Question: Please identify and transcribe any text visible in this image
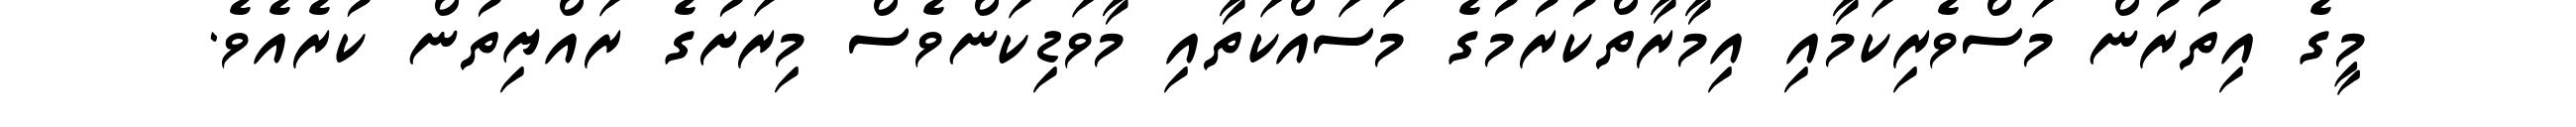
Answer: މީގެ އިތުރުން މަސްވެރިކަމާއި އިމާރާތްކުރުމުގެ މަސައްކަތާއި މާވަޑިކަންވެސް މިރަށުގެ ރައްޔިތުން ކުރެއެވެ.